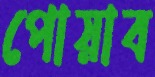
পোয়াব